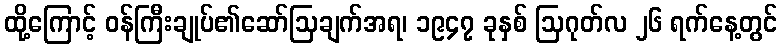
ထို့ကြောင့် ဝန်ကြီးချုပ်၏ဆော်ဩချက်အရ၊ ၁၉၄၇ ခုနှစ် ဩဂုတ်လ ၂၆ ရက်နေ့တွင်